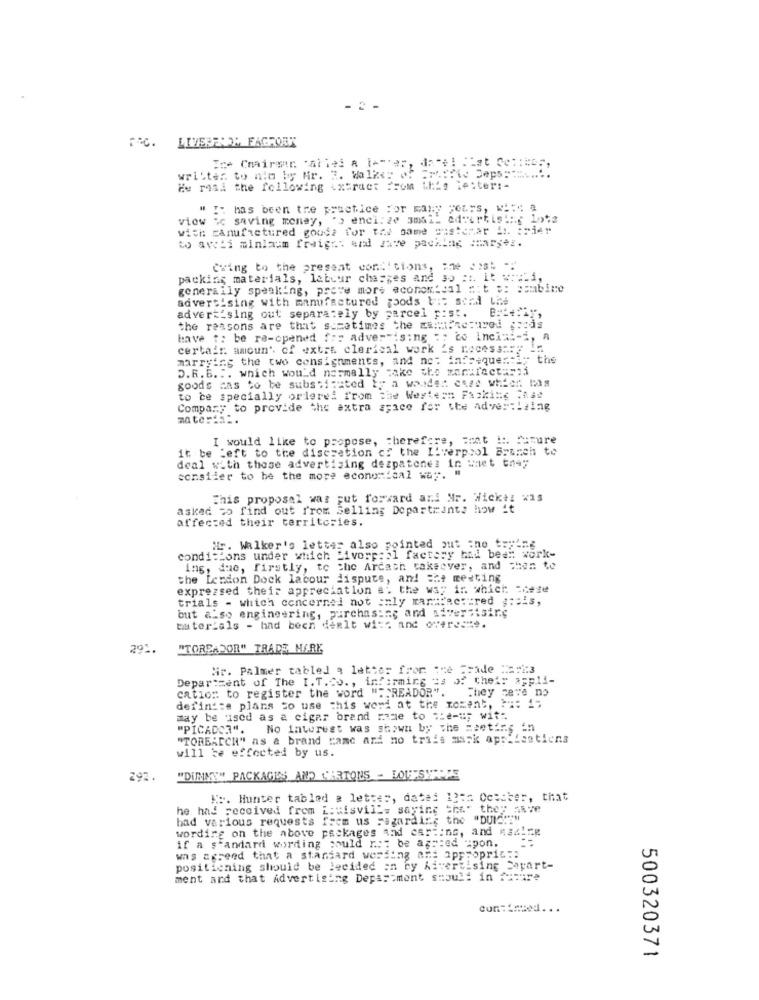
---
FRC. LIVERFADE FAGFORM
writter to nio by Mr. 3. Walker of FT :? to Je ==== ".
de rosa the following <xtract FFoM
this letter :-
I: has been tre practice For many years, Ki:"
view sc saving money, "> enci:ze 3akik odeurtising lots
with manufactured goods for the same customer in trier
to arcti minlasm freight and save packing chargez.
Cring to the present conl' cions, "he Cost ="
packing materials, labour chaszes and $o ::. It : : 1,
generally speaking, prove mors economical ait #: asmbine
advertising with manufactured goods tes send the
advertising out separately by parcel p:st.
the reasons are that sometimes the manfactured pocis
have t: be re-opened fre advertising :: co Inci ==- 2, A
certain amount of extra clerical work _s rocess :: y -
marrying the two consignments, and not infsequer:1; the
D.R.B .:. which would normally take the merafectarii
goods cas to be substituted by a wades esze whier. Mas
to ce specially ordered from the Western Fackine :049
Company to provide the extra space for the adver:laing
materia :.
I would like to propose, therefore, #nat !:. "=ture
it be Left to the discretion of the Liverpool Brunch to
deal with those advertising dezpatones in waet they
consider to be the more economical way.
This proposal was put forward and Mr. Wicki: *
asked to find out "'rom Selling Dopartrants how it
affected their territories.
Hr. Walker's letter also pointed out :no trying
conditions under which Livorp:21 factory bad beat work-
Ing, due, firstly, to Che Arcash caksever, and then to
the London Dock lacour dispute, and the meeting
expressed their appreciation a. the way ir. which =cete
trials - which concernei not only mars:Retired # :;- s,
but also engineering, purchasing and siversisirs
taterials - had been deelt wi =; and overesme.
291.
"TOREADOR" TRADE MARK
Mir. Palmer tabled a letter from the Fride ==: 23
Department of The I. T.Co ., informing as of their appli-
cation to register the word "F"READOR".
They revs no
der'in':a plans to use this word at the moment, : ": 17
may be used as a cigar brand name to "e-t; with
"PICADOA". No interest was shown by the meeting in
"TORBAICH" as a brand came and no triis assk ap :. Leetiens
will te effected by us.
292.
"DINNY" PACKAGES AND CARTONS - LOUESYPPPE
.:. Hunter tabled & letter, dates 13 == October, that
he had received from L:sisvill= saying she" they anve
bad various requests
frem us regarding the
wording on the above packages and carting, and Asdlrg
if a standard wording mould n .:: be agreed upon.
was agreed that a standard wording art appropric ::
positioning should be decided on by Advertising Sapart-
ment and that Advertising Depa: mont should in future
cunTiated. .
500320371